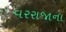
વરરાજાના